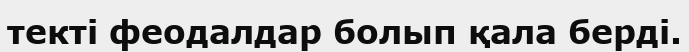
текті феодалдар болып қала берді.